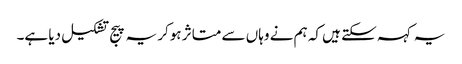
یہ کہہ سکتے ہیں کہ ہم نے وہاں سے متاثر ہوکر یہ پیج تشکیل دیا ہے۔